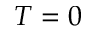
T = 0